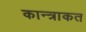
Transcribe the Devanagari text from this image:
कान्त्राकत